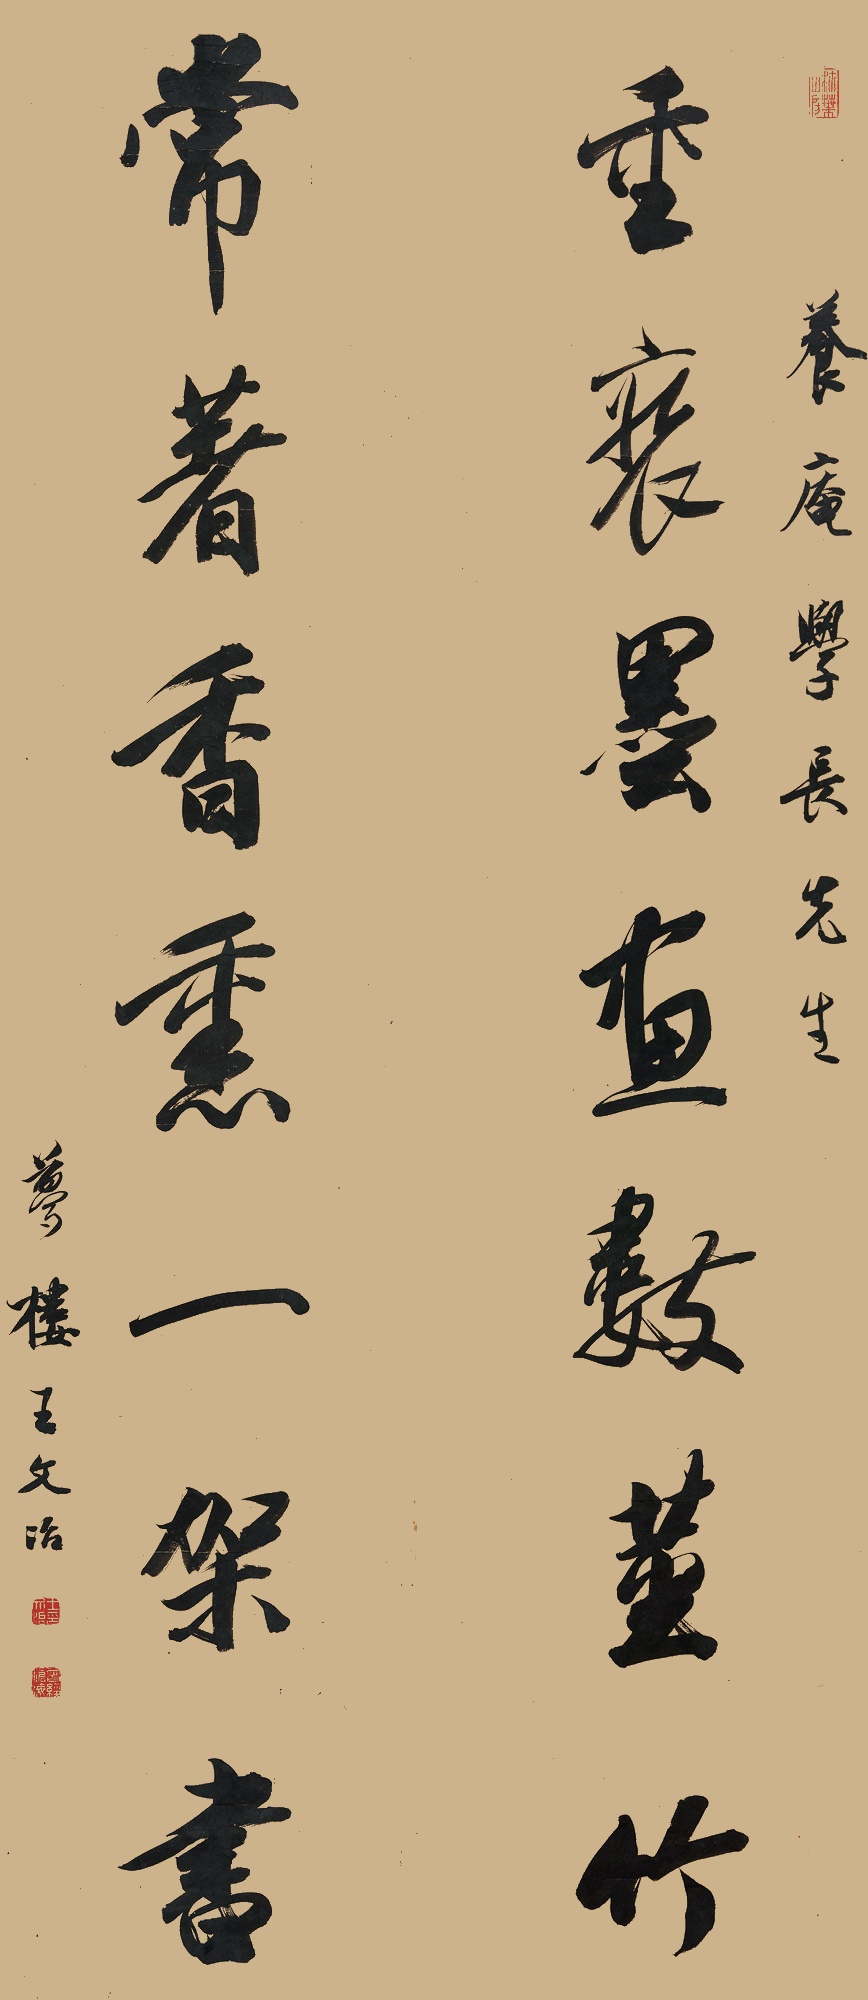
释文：重装墨画数茎竹，常著香薰一架书。养庵学长先生。梦楼王文治。